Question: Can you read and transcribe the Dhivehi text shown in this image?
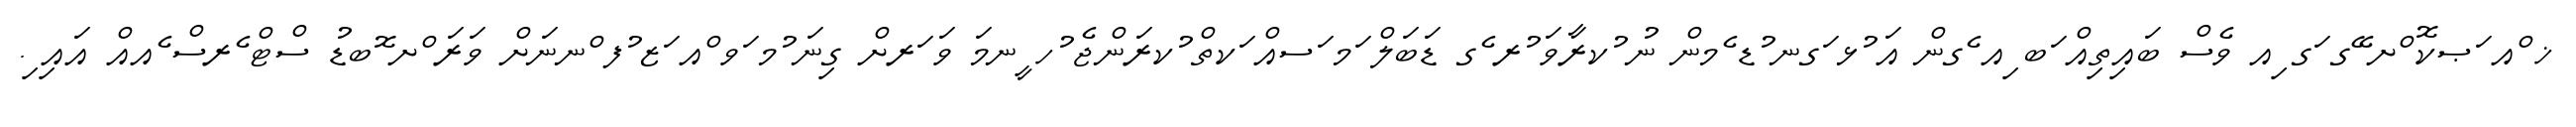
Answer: ޚ ްއ ަޞކޮ ްށ ޭގ ަގ ިއ ވެސް ބައިތިއް ަބ ިއ ެގން އަ ުޅ ަގނ ުޑ ެމން ނު ުކރާވަ ުރ ެގ ޑަބަލް ަމ ަސއް ަކތް ުކރަންޖެ ުހ ީނމަ ވަ ަރށް ގިނަ ުމ ަވ ްއ ަޒ ުފ ްނނަށް ވަރަ ްށ ޮބޑު ސްޓް ެރސް ެއއް އައި ި.